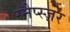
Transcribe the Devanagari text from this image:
स्नैप्स्ज़र